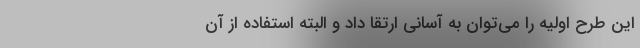
این طرح اولیه را می‌توان به آسانی ارتقا داد و البته استفاده از آن